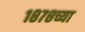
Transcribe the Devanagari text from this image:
१८७८च्या